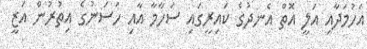
އަހުމަދާއި އަލީ އޮތް އެނދުގެ ކައިރީގައި ސަހާމާ އާއި ހަސަނުގެ އިތުރުން އަޒީ